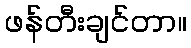
ဖန်တီးချင်တာ။